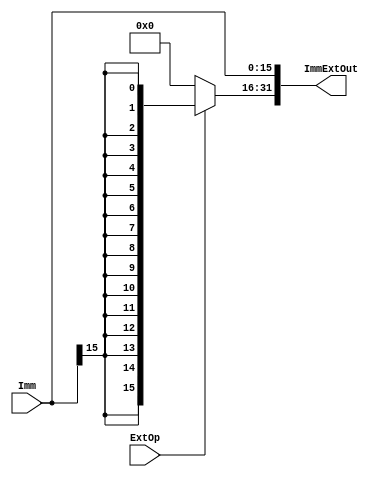
module ImmExt(ExtOp, Imm, ImmExtOut); 
    input ExtOp; //'0'-zero extension, '1'-signed extension
    input [15:0] Imm;
    output [31:0] ImmExtOut;
    
    assign ImmExtOut = {ExtOp? {16{Imm[15]}}: 16'h0000, Imm};
	
endmodule